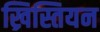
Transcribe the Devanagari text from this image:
ख्रिस्तियन